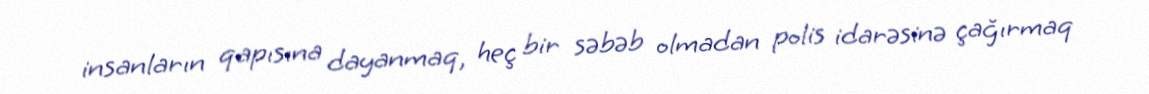
insanların qapısına dayanmaq, heç bir səbəb olmadan polis idarəsinə çağırmaq